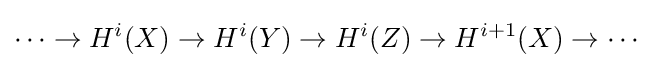
\cdots \to H^{i}(X)\to H^{i}(Y)\to H^{i}(Z)\to H^{i+1}(X)\to \cdots